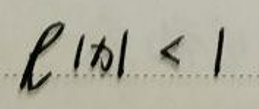
$\vert x \vert < 1$